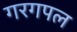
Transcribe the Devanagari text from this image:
गरगपल